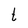
Character: t